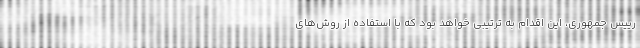
رییس جمهوری، این اقدام به ترتیبی خواهد بود که با استفاده از روش‌های